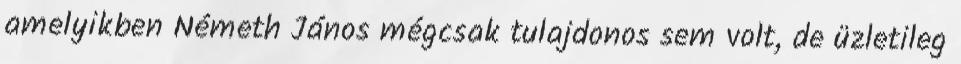
amelyikben Németh János mégcsak tulajdonos sem volt, de üzletileg